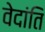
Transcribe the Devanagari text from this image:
वेदांति